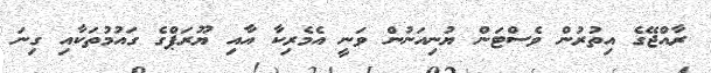
ރާއްޖޭގެ އިތުރުން ވެސްޓަން ޔުނިއަނުން ވަނީ އެމެރިކާ އާއި ޔޫރަޕްގެ ގައުމުތަކާއި ގިނަ